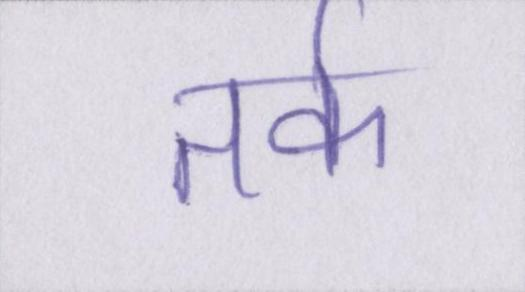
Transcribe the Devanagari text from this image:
तर्क